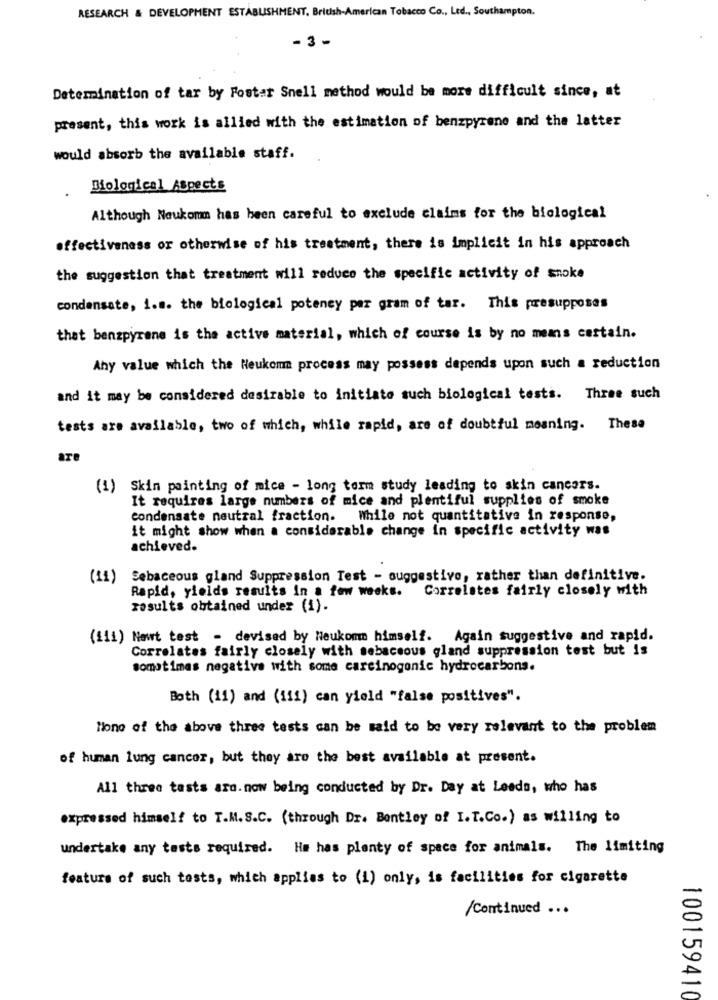
RESEARCH & DEVELOPMENT ESTABLISHMENT, British-American Tobacco Co ., Ltd ., Southampton.
-3 -
Determination of tar by Foster Snell method would be more difficult since, at
present, this work is allied with the estimation of benzpyrene and the latter
would absorb the available staff.
Biological Aspects
Although Noukomm has been careful to exclude claims for the biological
effectiveness or otherwise of his treatment, there is implicit in his approach
the suggestion that treatment will reduce the specific activity of snoke
condensate, 1.m. the biological potency per gram of tar. This presupposes
that benzpyrene is the active material, which of course is by no means certain.
Any value which the Neukom process may possess depends upon such a reduction
and it may be considered desirable to initiate such biological tests. Three such
tests are available, two of which, while rapid, are of doubtful meaning. These
are
(1) Skin painting of mice - long term study leading to skin cancers.
It requires large numbers of mice and plentiful supplies of smoke
condensate neutral fraction. While not quantitative in response,
it might show when a considerable change in specific activity was
achieved.
(11)
Sebaceous gland Suppression Test - suggestive, rather than definitive.
Rapid, yields results in a few weeks.
Correlates fairly closely with
results obtained under (i).
(111) Newt test - devised by Neukomt himself. Again suggestive and rapid.
Correlates fairly closely with sebaceous gland suppression test but is
sometimes negative with some carcinogenic hydrocarbons.
Both (11) and (111) can yield "false positives".
None of the above three tests can be said to be very relevant to the problem
of human lung cancer, but they are the best available at present.
All three tasts aro. now being conducted by Dr. Day at Leeds, who has
expressed himself to T.M. S.C. (through Dr. Bentley of I.T.Co.) as willing to
undertake any tests required. He has plenty of space for animals. The limiting
feature of such tests, which applies to (1) only, is facilities for cigarette
/Continued ...
100159410